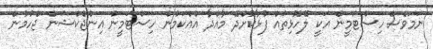
ނަމަވެސް ހިސްޓަމީން އަކީ ލޭހޮޅިތައް ފުޅާކޮށްދޭ މާއްދާ އެއްކަމުން ހިސްޓަމީން އިންޖެކްޝަން ޖެހުމުން